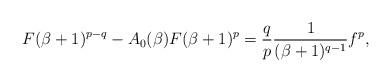
LaTeX: \begin{align*} F(\beta+1)^{p-q}-A_0(\beta)F(\beta+1)^{p}=\frac{q}{p}\frac{1}{(\beta+1)^{q-1}}f^p,\end{align*}